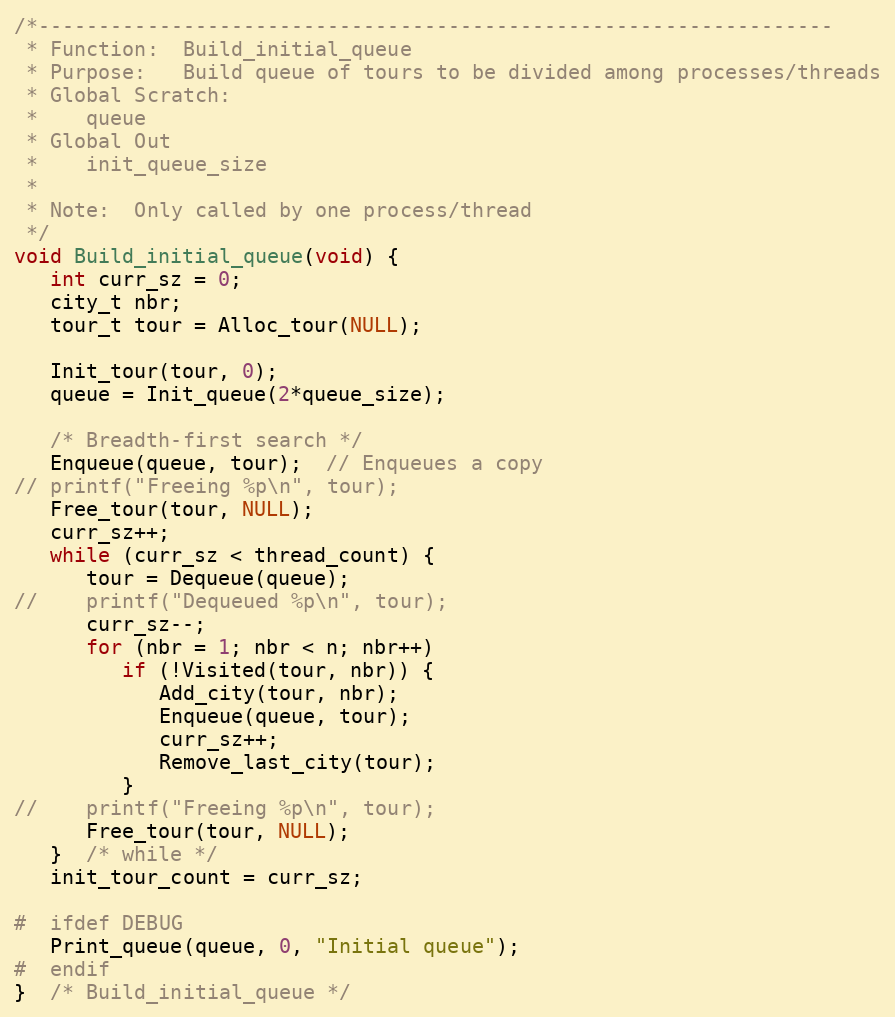
Language: C
/*------------------------------------------------------------------
 * Function:  Build_initial_queue
 * Purpose:   Build queue of tours to be divided among processes/threads
 * Global Scratch:
 *    queue
 * Global Out
 *    init_queue_size
 *
 * Note:  Only called by one process/thread
 */
void Build_initial_queue(void) {
   int curr_sz = 0;
   city_t nbr;
   tour_t tour = Alloc_tour(NULL);

   Init_tour(tour, 0);
   queue = Init_queue(2*queue_size);

   /* Breadth-first search */
   Enqueue(queue, tour);  // Enqueues a copy
// printf("Freeing %p\n", tour);
   Free_tour(tour, NULL);
   curr_sz++;
   while (curr_sz < thread_count) {
      tour = Dequeue(queue);
//    printf("Dequeued %p\n", tour);
      curr_sz--;
      for (nbr = 1; nbr < n; nbr++)
         if (!Visited(tour, nbr)) {
            Add_city(tour, nbr);
            Enqueue(queue, tour);
            curr_sz++;
            Remove_last_city(tour);
         }
//    printf("Freeing %p\n", tour);
      Free_tour(tour, NULL);
   }  /* while */
   init_tour_count = curr_sz;

#  ifdef DEBUG
   Print_queue(queue, 0, "Initial queue");
#  endif
}  /* Build_initial_queue */